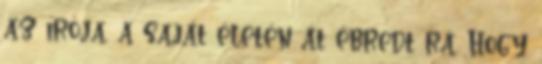
az írója, a saját életén át ébredt rá. Hogy